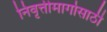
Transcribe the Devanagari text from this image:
निवृत्तीमार्गासाठी